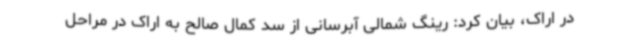
در اراک، بیان کرد: رینگ شمالی آبرسانی از سد کمال صالح به اراک در مراحل